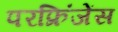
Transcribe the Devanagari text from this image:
परफ्रिंजेंस